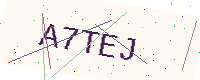
Text: A7TEJ